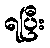
ရပြီး